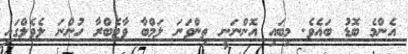
އެންމެ ބޮޑު ބައެވެ. މިބައި އޮންނަނީ ތިންވަނަ ލަމްބާ ވާޓެބްރާ ހުންނަ ލެވެލްގައި